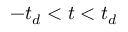
- t _ { d } < t < t _ { d }